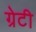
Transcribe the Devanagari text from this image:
ग्रेटी